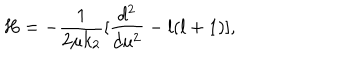
H = - \frac { 1 } { 2 \mu k _ { 2 } } [ \frac { d ^ { 2 } } { d u ^ { 2 } } - l ( l + 1 ) ] ,